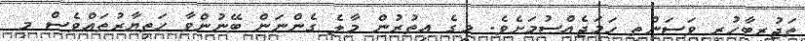
ތަޖުރިބާހުރި ވަސަންތީ ހަމަޖެއްސުމަށެވެ. މީގެ އިތުރުން މާލެ ގެންނަން ބޭނުންވާ ހަތިޔާރުތައްވެސް މި